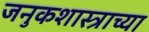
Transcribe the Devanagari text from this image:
जनुकशास्त्राच्या